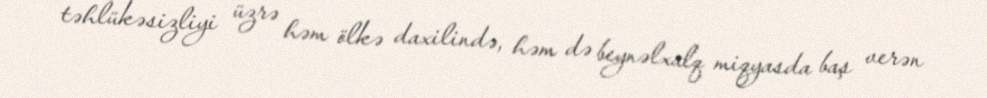
təhlükəsizliyi üzrə həm ölkə daxilində, həm də beynəlxalq miqyasda baş verən